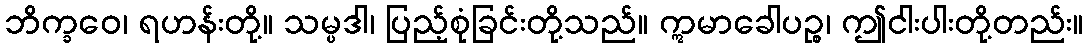
ဘိက္ခဝေ၊ ရဟန်းတို့။ သမ္ပဒါ၊ ပြည့်စုံခြင်းတို့သည်။ ဣမာခေါပဉ္စ၊ ဤငါးပါးတို့တည်း။